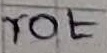
Text: rot